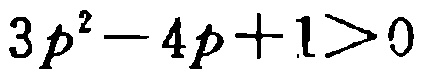
\(3p^{2}-4p + 1>0\)